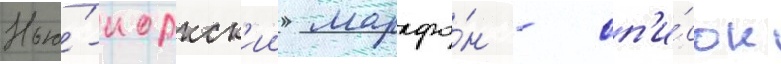
Нью́-иоркск'ии марафо́н - сп'и́сок